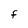
Character: F